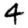
Digit: 4